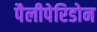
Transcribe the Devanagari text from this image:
पैलीपेरिडोन